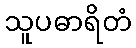
သူပဓာရိတံ